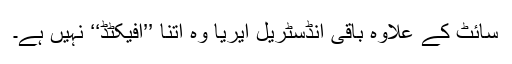
سائٹ کے علاوہ باقی انڈسٹریل ایریا وہ اتنا ’’افیکٹڈ‘‘ نہیں ہے۔